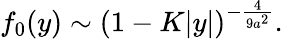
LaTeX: f_{0}(y)\sim(1-K|y|)^{-{\frac{4}{9a^{2}}}}.